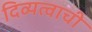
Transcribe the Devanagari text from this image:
दिव्यत्वाची